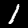
Label: 1